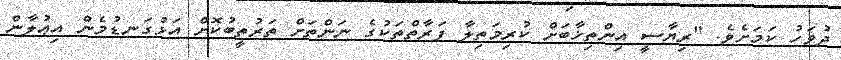
ދުވަހު ކަމަށެވެ. "ރިޔާސީ އިންތިޚާބަށް ކުރިމަތިލާ ފަރާތްތަކުގެ ނަންތަށް ތަރުތީބުކޮށް އަޅުގަނޑުމެން އިޢުލާން